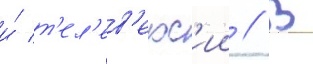
и́ т'ел'ев'ерс'ии // В